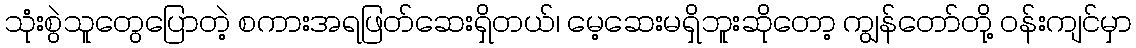
သုံးစွဲသူတွေပြောတဲ့ စကားအရဖြတ်ဆေးရှိတယ်၊ မေ့ဆေးမရှိဘူးဆိုတော့ ကျွန်တော်တို့ ဝန်းကျင်မှာ